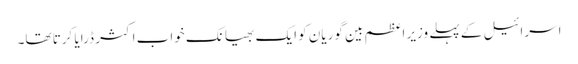
اسرائیل کے پہلے وزیر اعظم بین گوریان کو ایک بھیانک خواب اکثر ڈرایا کرتا تھا۔